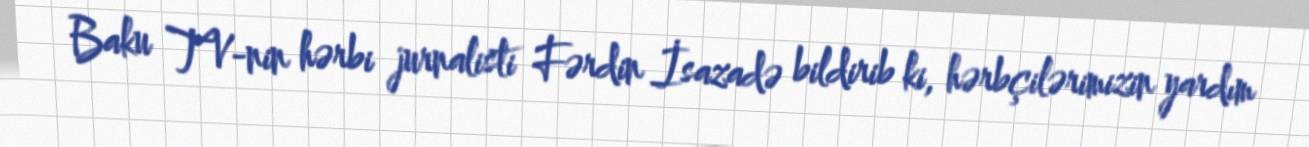
Baku TV-nin hərbi jurnalisti Fərdin İsazadə bildirib ki, hərbçilərimizin yardım